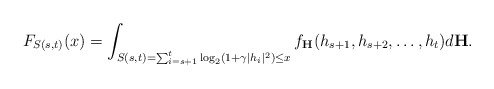
\begin{align*}F_{S(s,t)}(x) = \int_{S(s,t) = \sum_{i=s+1}^{t} \log_2(1+\gamma|h_i|^2) \le{x}} f_{\textbf{H}}(h_{s+1},h_{s+2},\ldots,h_{t}) d\textbf{H}.\end{align*}